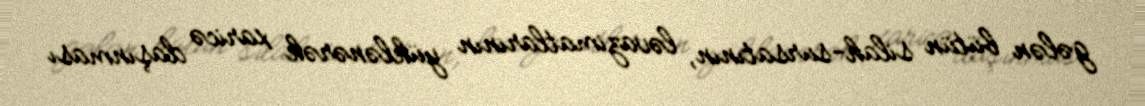
gələn bütün silah-sursatının, ləvazimatlarının yüklənərək xaricə daşınması